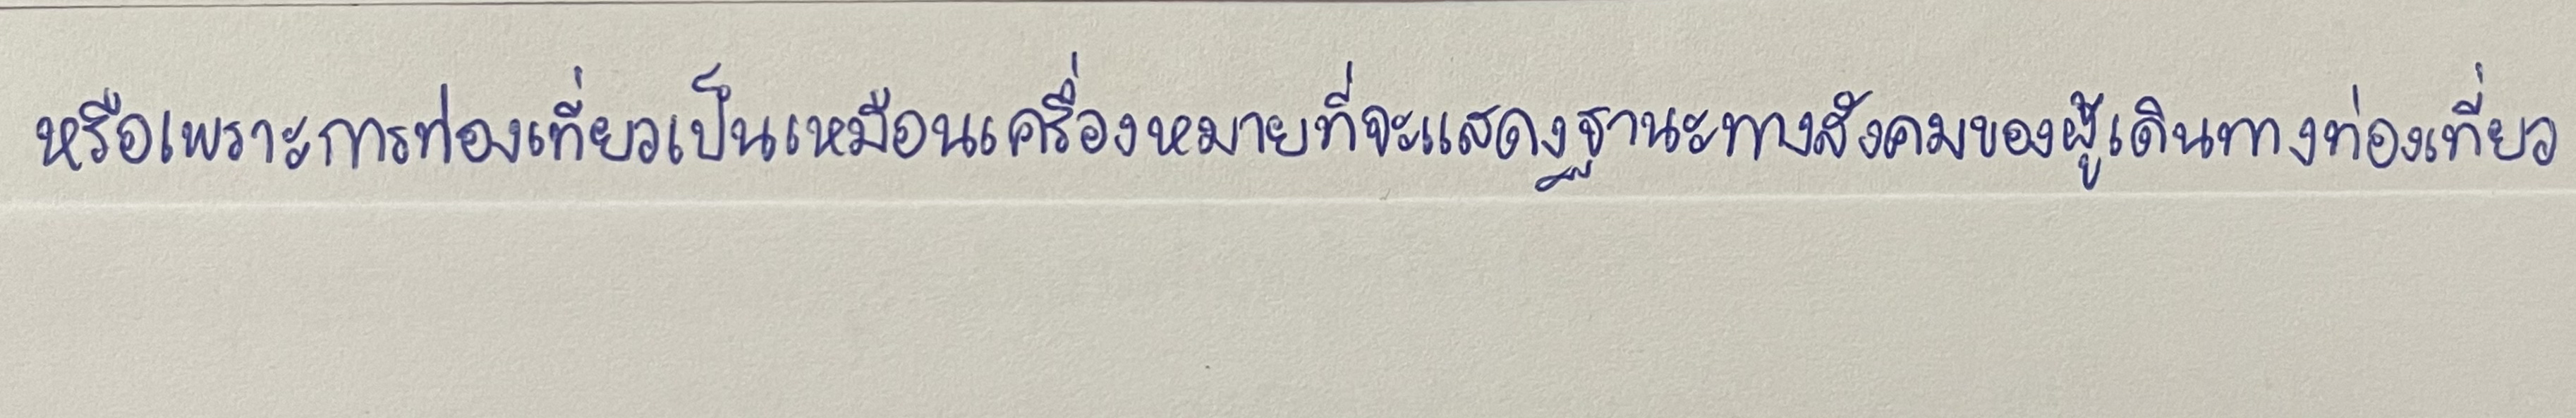
หรือเพราะการท่องเที่ยวเป็นเหมือนเครื่องหมายที่จะแสดงฐานะทางสังคมของผู้เดินทางท่องเที่ยว